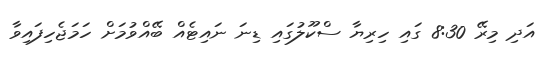
އަދި މިރޭ 8:30 ގައި ހިރިޔާ ސްކޫލުގައި ޑިނަ ނައިޓެއް ބޭއްވުމަށް ހަމަޖެހިފައިވާ